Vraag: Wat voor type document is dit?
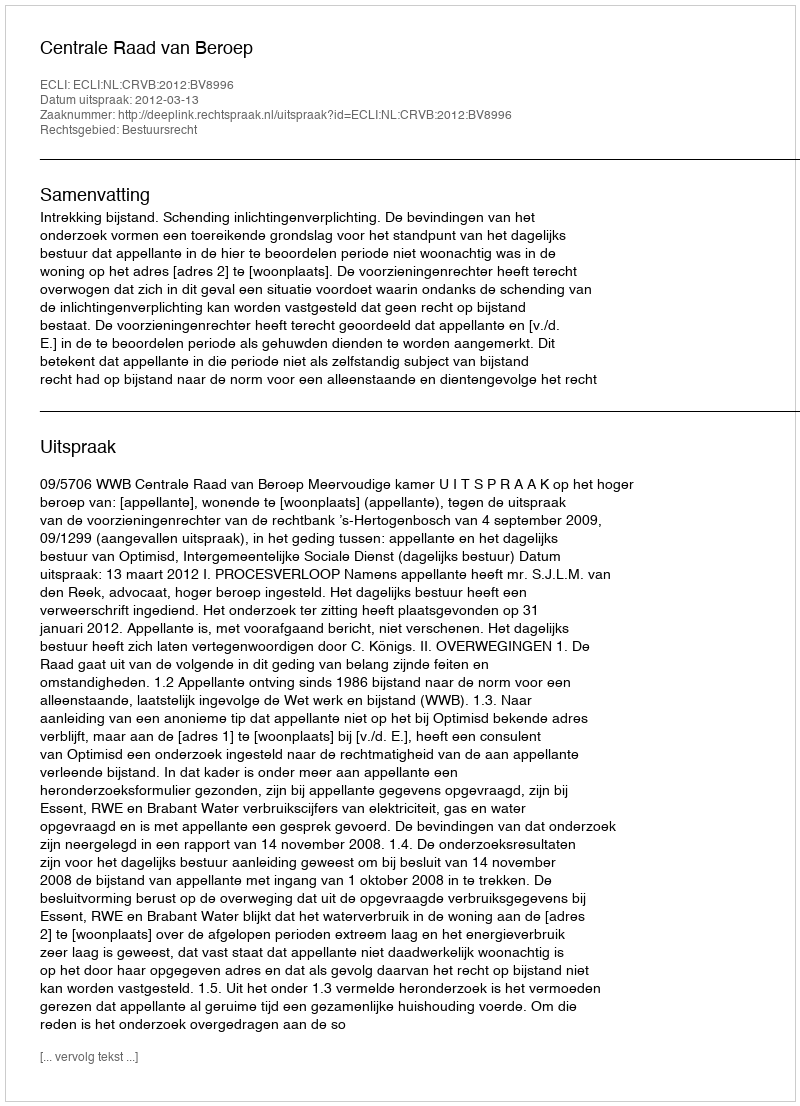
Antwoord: Uitspraak